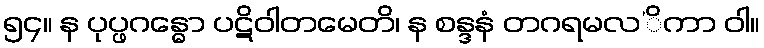
၅၄။ န ပုပ္ဖဂန္ဓော ပဋိဝါတမေတိ၊ န စန္ဒနံ တဂရမလ’ိကာ ဝါ။